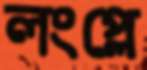
লংপ্লে